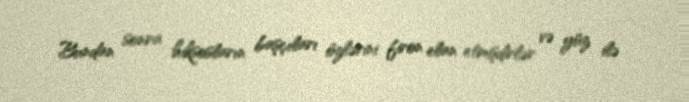
Bundan sonra hiksosların başçıları özlərini firon elan etmişdirlər və yüz ilə